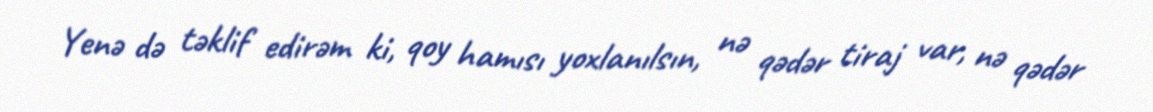
Yenə də təklif edirəm ki, qoy hamısı yoxlanılsın, nə qədər tiraj var, nə qədər